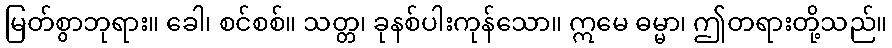
မြတ်စွာဘုရား။ ခေါ၊ စင်စစ်။ သတ္တ၊ ခုနစ်ပါးကုန်သော။ ဣမေ ဓမ္မာ၊ ဤတရားတို့သည်။